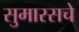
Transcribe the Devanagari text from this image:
सुमारसचे